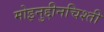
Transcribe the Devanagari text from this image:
मोइनुद्दीनचिश्ती